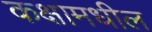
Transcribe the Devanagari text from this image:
कक्षामधील